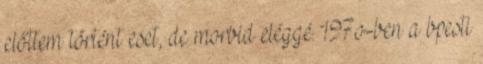
előttem történt eset, de morbid eléggé. 197o-ben a bpesti